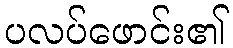
ပလပ်ဖောင်း၏